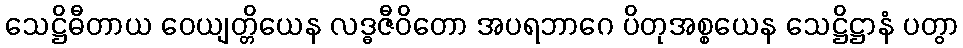
သေဋ္ဌိဓီတာယ ဝေယျတ္တိယေန လဒ္ဓဇီဝိတော အပရဘာဂေ ပိတုအစ္စယေန သေဋ္ဌိဋ္ဌာနံ ပတွာ